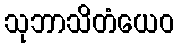
သုဘာသိတံယေဝ